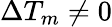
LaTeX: \Delta T_{m}\not=0